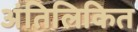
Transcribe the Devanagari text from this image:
अंतिलिकित